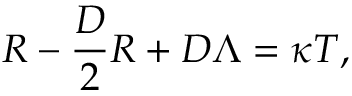
R - { \frac { D } { 2 } } R + D \Lambda = \kappa T ,